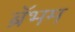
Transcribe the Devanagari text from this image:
ब्रॅभम